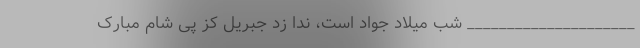
_____________________ شب میلاد جواد است، ندا زد جبریل کز پى شام مبارک